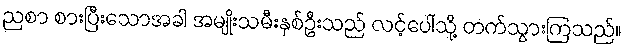
ညစာ စားပြီးသောအခါ အမျိုးသမီးနှစ်ဦးသည် လင့်ပေါ်သို့ တက်သွားကြသည်။